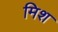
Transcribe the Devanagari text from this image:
मिश